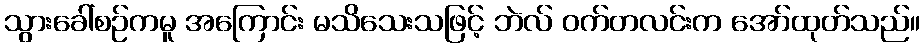
သွားခေါ်စဉ်ကမူ အကြောင်း မသိသေးသဖြင့် ဘဲလ် ဝက်တလင်းက အော်ထုတ်သည်။